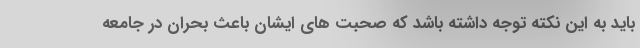
باید به این نکته توجه داشته باشد که صحبت های ایشان باعث بحران در جامعه